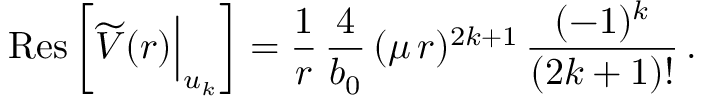
\mathrm { R e s } \, \bigg [ \widetilde V ( r ) \Big | _ { u _ { k } } \bigg ] = { \frac { 1 } { r } } \, { \frac { 4 } { b _ { 0 } } } \, ( \mu \, r ) ^ { 2 k + 1 } \, { \frac { ( - 1 ) ^ { k } } { ( 2 k + 1 ) ! } } \, .